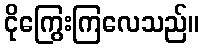
ငိုကြွေးကြလေသည်။